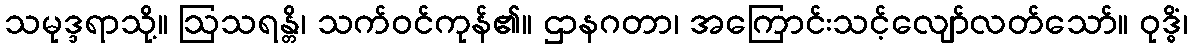
သမုဒ္ဒရာသို့။ ဩသရန္တိ၊ သက်ဝင်ကုန်၏။ ဌာနဂတာ၊ အကြောင်းသင့်လျော်လတ်သော်။ ဝုဒ္ဓိံ၊